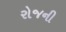
રોજની